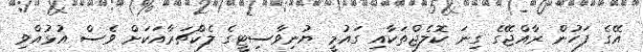
އޭގެ ފަހުން ރާއްޖޭގެ ގިނަ ކޮލެޖްތަކާއި ގައުމީ ޔުނިވާސިޓީގެ ލެކްޗަރާއަކަށް ވެސް އުޅުއްވި